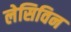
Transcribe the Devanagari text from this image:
लेसिविन